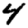
Digit: 4